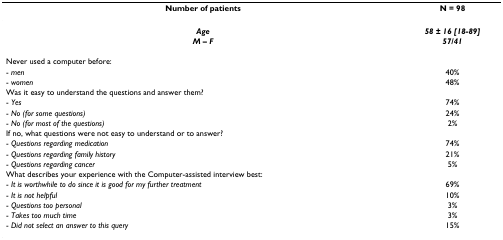
<table><thead><tr><td><b>Number of patients</b></td><td><b>N = 98</b></td></tr></thead><tbody><tr><td><b><i>Age</i></b></td><td><b><i>58 ± 16 [18-89]</i></b></td></tr><tr><td><b><i>M – F</i></b></td><td><b><i>57/41</i></b></td></tr><tr><td>Never used a computer before:</td><td></td></tr><tr><td>- <i>men</i></td><td>40%</td></tr><tr><td>- <i>women</i></td><td>48%</td></tr><tr><td>Was it easy to understand the questions and answer them?</td><td></td></tr><tr><td>- <i>Yes</i></td><td>74%</td></tr><tr><td>- <i>No (for some questions)</i></td><td>24%</td></tr><tr><td>- <i>No (for most of the questions)</i></td><td>2%</td></tr><tr><td>If no, what questions were not easy to understand or to answer?</td><td></td></tr><tr><td>- <i>Questions regarding medication</i></td><td>74%</td></tr><tr><td>- <i>Questions regarding family history</i></td><td>21%</td></tr><tr><td>- <i>Questions regarding cancer</i></td><td>5%</td></tr><tr><td>What describes your experience with the Computer-assisted interview best:</td><td></td></tr><tr><td>- <i>It is worthwhile to do since it is good for my further treatment</i></td><td>69%</td></tr><tr><td>- <i>It is not helpful</i></td><td>10%</td></tr><tr><td>- <i>Questions too personal</i></td><td>3%</td></tr><tr><td>- <i>Takes too much time</i></td><td>3%</td></tr><tr><td>- <i>Did not select an answer to this query</i></td><td>15%</td></tr></tbody></table>